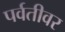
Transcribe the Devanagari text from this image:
पर्वतीवर